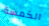
الخمسة